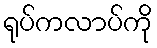
ရုပ်ကလာပ်ကို